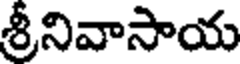
శ్రీనివాసాయ